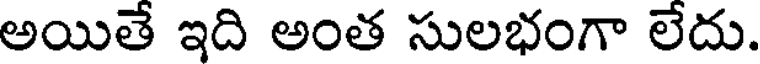
అయితే ఇది అంత సులభంగా లేదు.